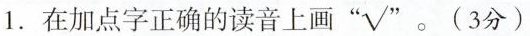
1.在加点字正确的读音上画”√” 。(3分)